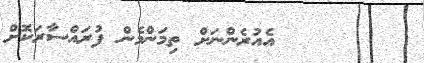
٦٣       އެއުރެންނަށް ތިމަންމެން ފުރައްސާރަކޮށް